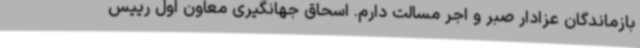
بازماندگان عزادار صبر و اجر مسالت دارم. اسحاق جهانگیری معاون اول رییس